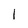
Character: 1